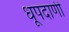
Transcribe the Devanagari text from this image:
धूपदाणी